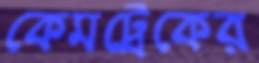
কেমট্রেকের